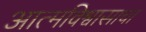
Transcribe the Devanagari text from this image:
आत्मविश्वासाचा